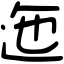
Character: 迤